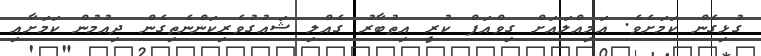
ގުޅިގެން ކަމަށެވެ. އަމިއްލައަށް ގިވްއަފް ކުރީ އިތުބާރު ގެއްލި ޝައުގުވެރިކަންނެތިގެން ދިއުމުން ކަމަށާއި